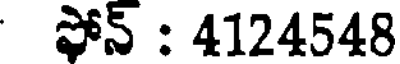
ఫోన్ : 4124548